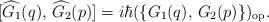
LaTeX: \begin{align*}[\widehat{G_1}(q),\, \widehat{G_2}(p)] =i\hbar(\{ G_1(q),\, G_2(p)\} )_{\rm{op}}.\end{align*}